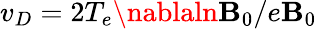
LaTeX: v_{D}=2T_{e}\nablaln\mathbf{B}_{0}/e\mathbf{B}_{0}